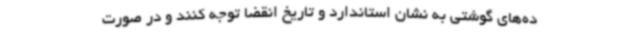
ده‌های گوشتی به نشان استاندارد و تاریخ انقضا توجه کنند و در صورت